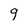
Character: 9